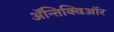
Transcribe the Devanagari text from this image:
ॲन्तिक्विऑर